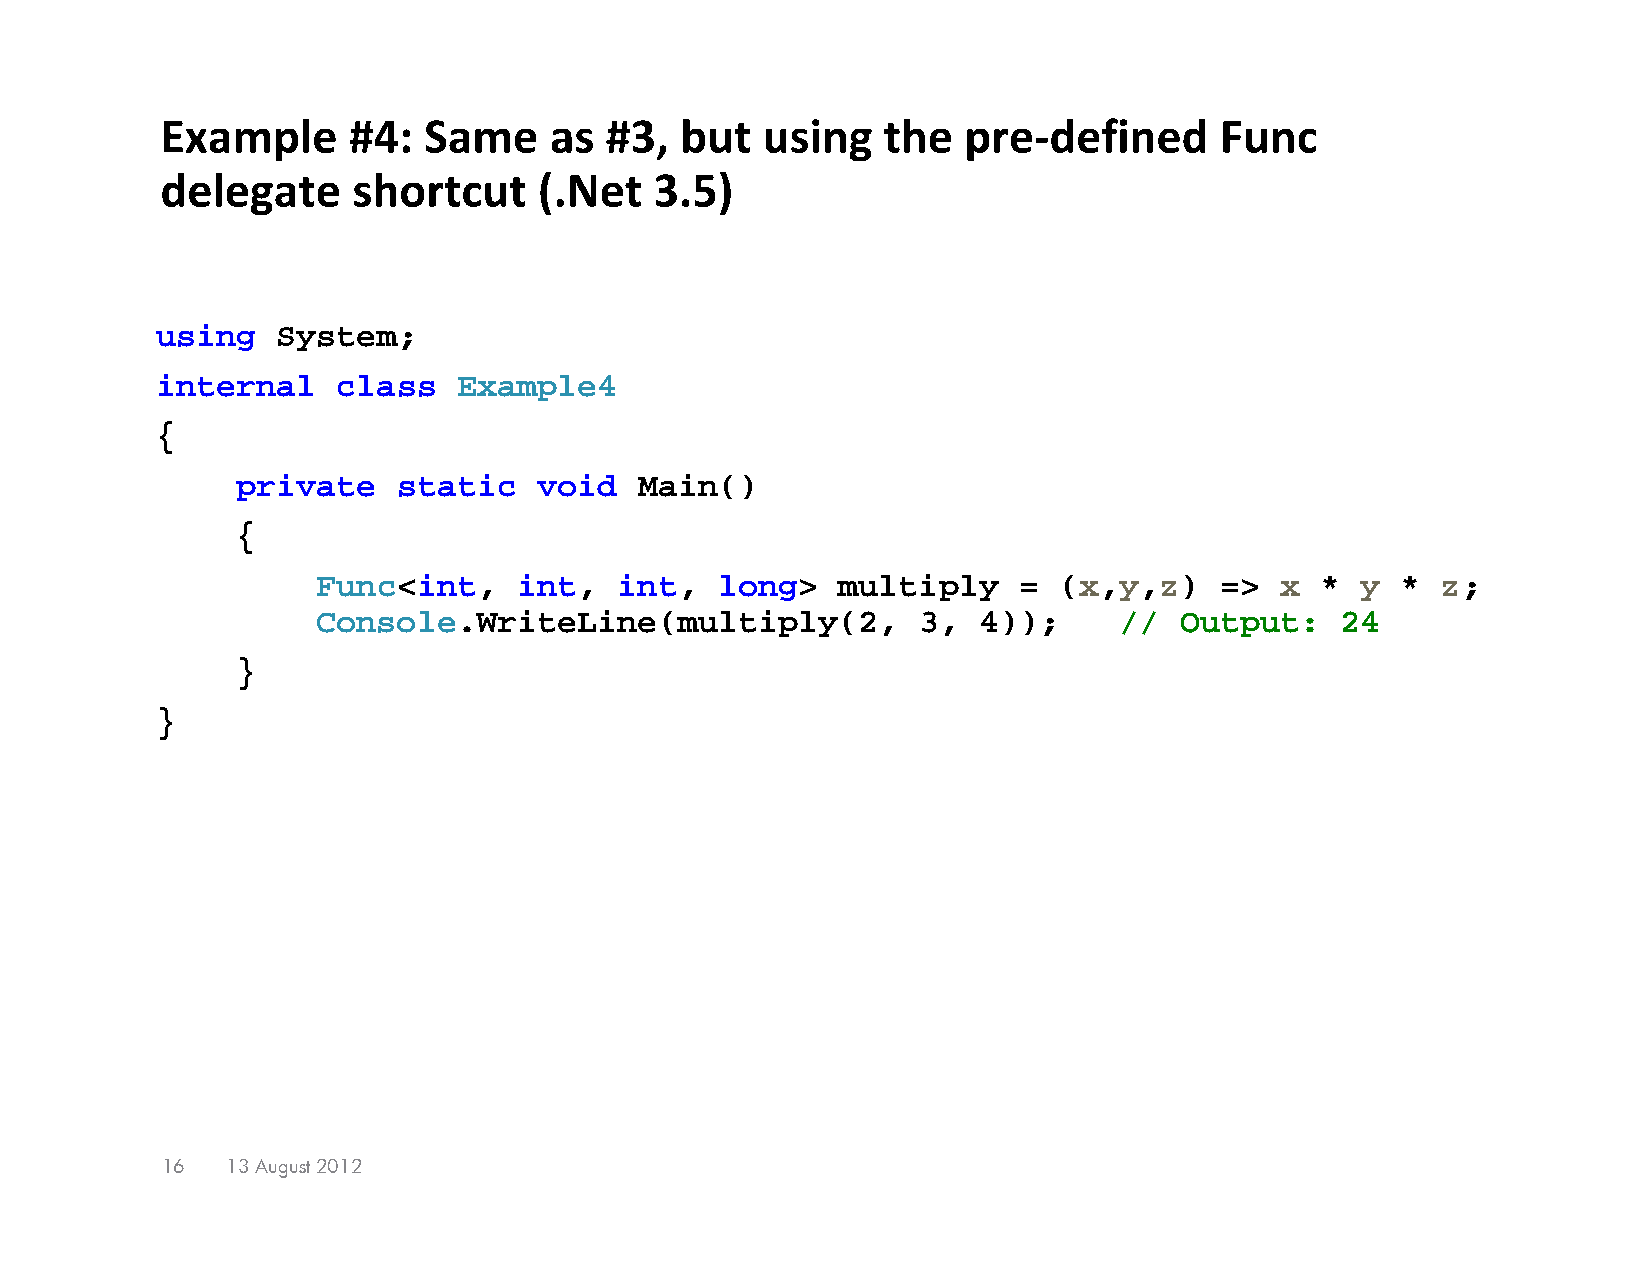
Example     #4:  Same    as  #3,  but  using   the   pre‐defined      Func
 delegate    shortcut     (.Net  3.5)
 using   System;
 internal    class   Example4
 {
 private   static    void  Main()
 {
 Func<int,    int,   int,  long>   multiply    =  (x,y,z)    =>  x *  y  * z;
 Console.WriteLine(multiply(2,           3,  4));     //  Output:    24
 }
 }
 16  13 August 2012